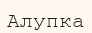
Алупка